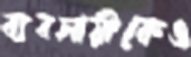
ব্যবসায়ীকেও